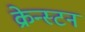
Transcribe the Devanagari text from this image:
क्रेन्स्टन